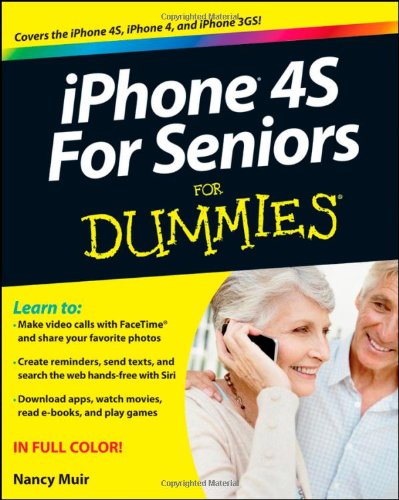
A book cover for iPhone 4S For Seniors For Dummies; Nancy C. Muir; Computers & Technology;